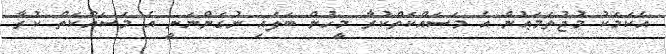
އެކަމަކު މުޖުތަމަޢުން އެ މަސައްކަތްކުރާ މީހުން ބަލައި ނުގަންނަނީ އެ މަސައްކަތް ކުރާ